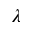
\lambda